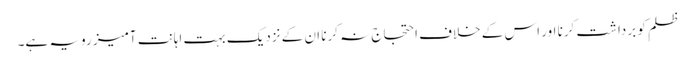
ظلم کو برداشت کرنا اور اس کے خلاف احتجاج نہ کرنا ان کے نزدیک بہت اہانت آمیز رویہ ہے۔